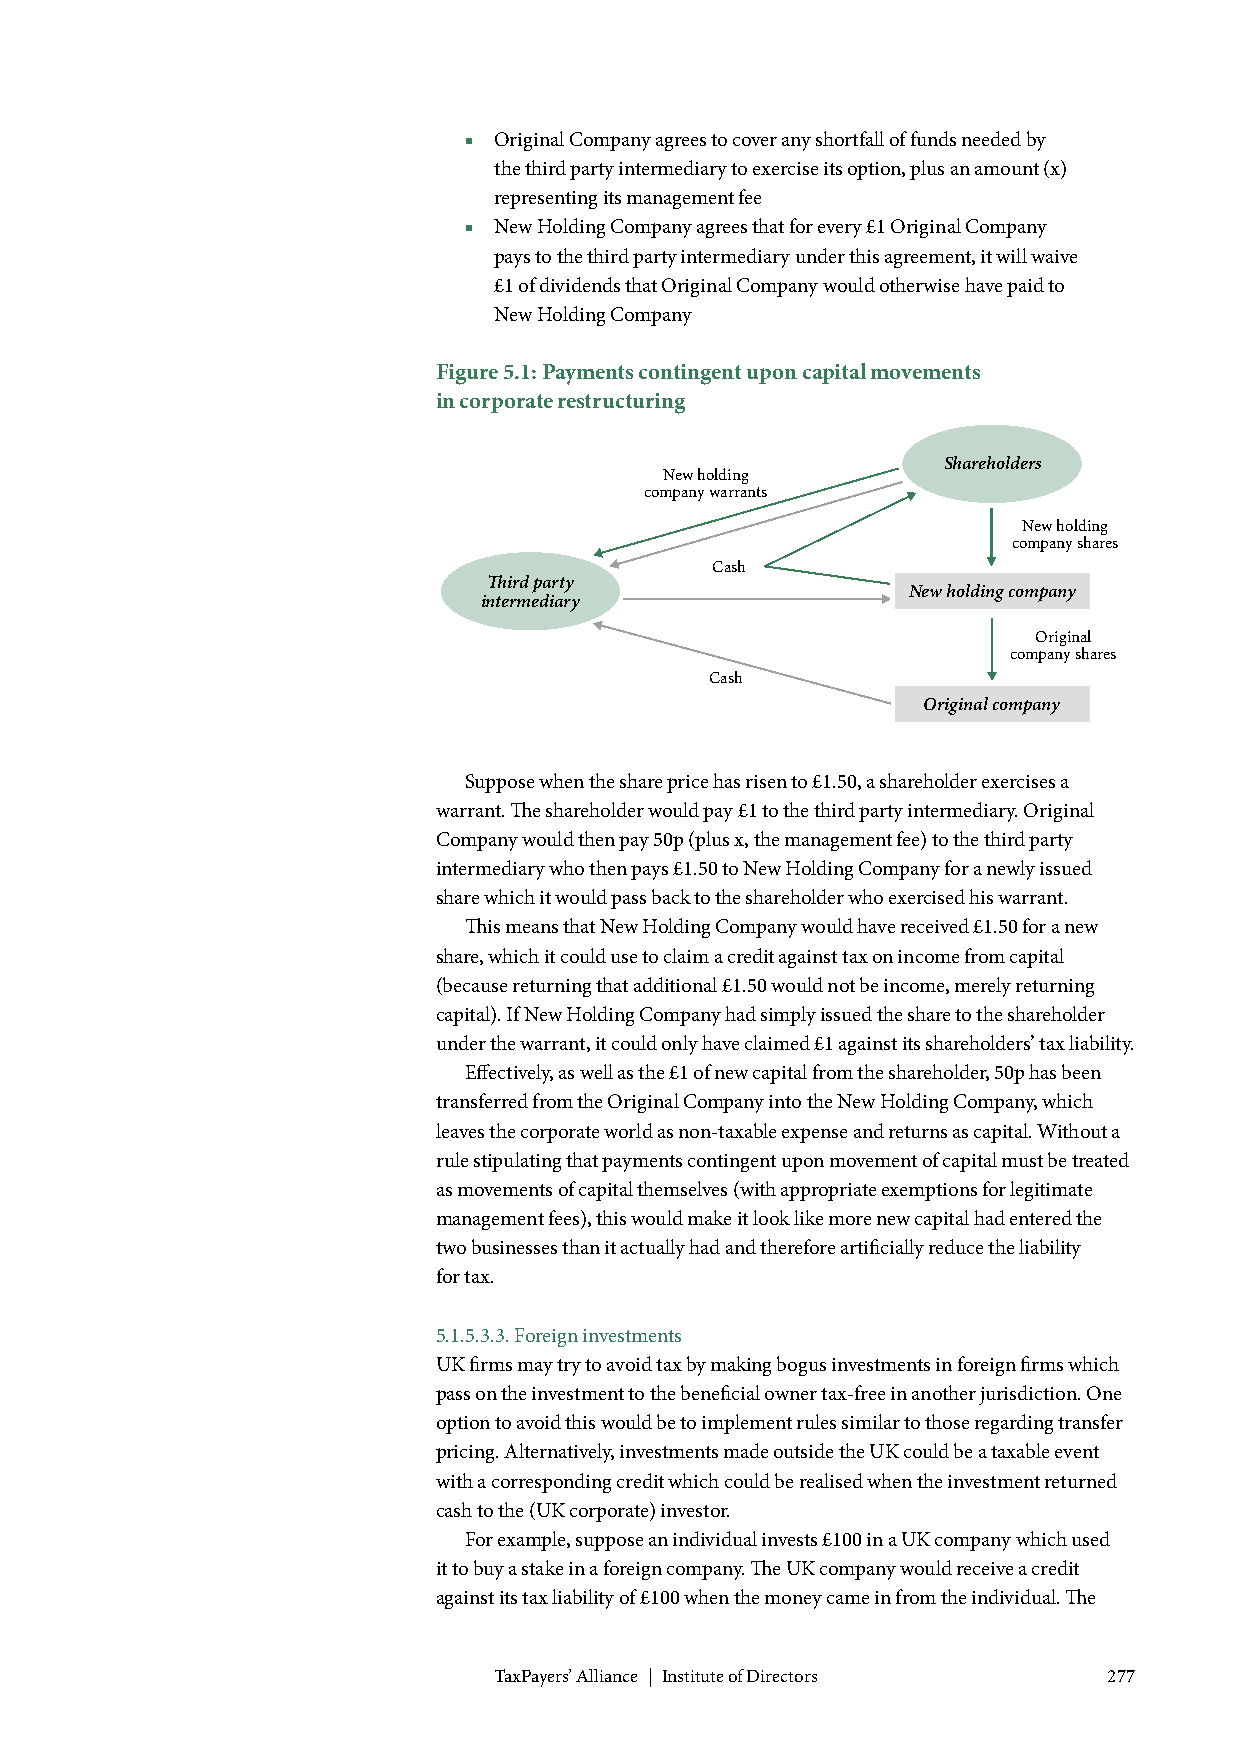
■ Original Company agrees to cover any shortfall of funds needed by
 the third party intermediary to exercise its option, plus an amount (x)
 representing its management fee
 ■ New Holding Company agrees that for every £1 Original Company
 pays to the third party intermediary under this agreement, it will waive
 £1 of dividends that Original Company would otherwise have paid to
 New Holding Company
 Figure 5.1: Payments contingent upon capital movements
 in corporate restructuring
 Shareholders
 New holding
 company warrants
 New holding
 company shares
 Cash
 Third party
 New holding company
 intermediary
 Original
 company shares
 Cash
 Original company
 Suppose when the share price has risen to £1.50, a shareholder exercises a
 warrant. The shareholder would pay £1 to the third party intermediary. Original
 Company would then pay 50p (plus x, the management fee) to the third party
 intermediary who then pays £1.50 to New Holding Company for a newly issued
 share which it would pass back to the shareholder who exercised his warrant.
 This means that New Holding Company would have received £1.50 for a new
 share, which it could use to claim a credit against tax on income from capital
 (because returning that additional £1.50 would not be income, merely returning
 capital). If New Holding Company had simply issued the share to the shareholder
 under the warrant, it could only have claimed £1 against its shareholders’ tax liability.
 Effectively, as well as the £1 of new capital from the shareholder, 50p has been
 transferred from the Original Company into the New Holding Company, which
 leaves the corporate world as non-taxable expense and returns as capital. Without a
 rule stipulating that payments contingent upon movement of capital must be treated
 as movements of capital themselves (with appropriate exemptions for legitimate
 management fees), this would make it look like more new capital had entered the
 two businesses than it actually had and therefore artificially reduce the liability
 for tax.
 5.1.5.3.3. Foreign investments
 UK firms may try to avoid tax by making bogus investments in foreign firms which
 pass on the investment to the beneficial owner tax-free in another jurisdiction. One
 option to avoid this would be to implement rules similar to those regarding transfer
 pricing. Alternatively, investments made outside the UK could be a taxable event
 with a corresponding credit which could be realised when the investment returned
 cash to the (UK corporate) investor.
 For example, suppose an individual invests £100 in a UK company which used
 it to buy a stake in a foreign company. The UK company would receive a credit
 against its tax liability of £100 when the money came in from the individual. The
 TaxPayers’ Alliance | Institute of Directors 277